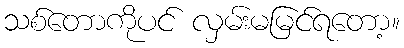
သစ်တောကိုပင် လှမ်းမမြင်ရတော့။